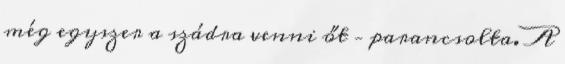
még egyszer a szádra venni őt – parancsolta. A